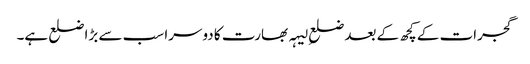
گجرات کے کچھ کے بعد ضلعِ لیہہ بھارت کا دوسرا سب سے بڑا ضلع ہے۔